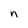
Character: n